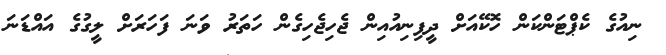
ނިއުގެ ކެޕްޓަންކަން ހޮކޭއަށް ދީފިނިއުއިން ޖެހިޖެހިގެން ހަތަރު ވަނަ ފަހަރަށް ލީގުގެ އައްޑަނަ